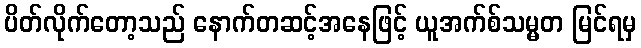
ပိတ်လိုက်တော့သည် နောက်တဆင့်အနေဖြင့် ယူအက်စ်သမ္မတ မြင်ရမှ